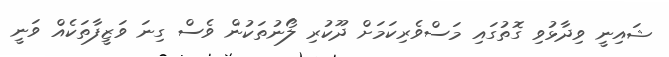
ޝައިނީ ވިދާޅުވި ގޮތުގައި މަސްވެރިކަމަށް ދޫކުރި ލޯނުތަކުން ވެސް ގިނަ ވަޒީފާތަކެއް ވަނީ